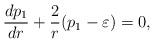
LaTeX: \begin{align*}\frac{dp_1}{dr}+\frac{2}{r}(p_1-\varepsilon )=0,\end{align*}